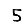
Digit: 5